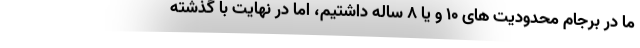
ما در برجام محدودیت های ۱۰ و یا ۸ ساله داشتیم، اما در نهایت با گذشته